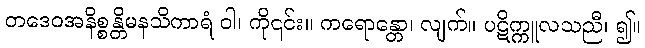
တဒေဝအနိစ္စန္တိမနသိကာရံ ဝါ၊ ကို၎င်း။ ကရောန္တော၊ လျက်။ ပဋိက္ကူလသညီ၊ ၍။